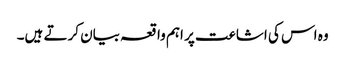
وہ اس کی اشاعت پر اہم واقعہ بیان کرتے ہیں۔